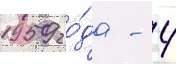
1959 го́да - 4